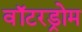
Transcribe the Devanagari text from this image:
वॉटरड्रोम